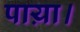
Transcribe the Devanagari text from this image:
पाय़ा।